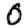
Digit: 0